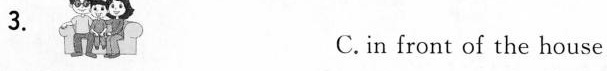
3.C, in front of the house